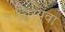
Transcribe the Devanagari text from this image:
चिरयुवा